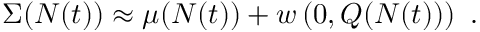
\begin{array} { r } { \Sigma ( N ( t ) ) \approx \mu ( N ( t ) ) + w \left( 0 , Q ( N ( t ) ) \right) \ . } \end{array}